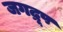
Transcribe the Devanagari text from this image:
जगद्रूप